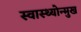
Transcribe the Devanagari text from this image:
स्वास्थ्योन्मुख